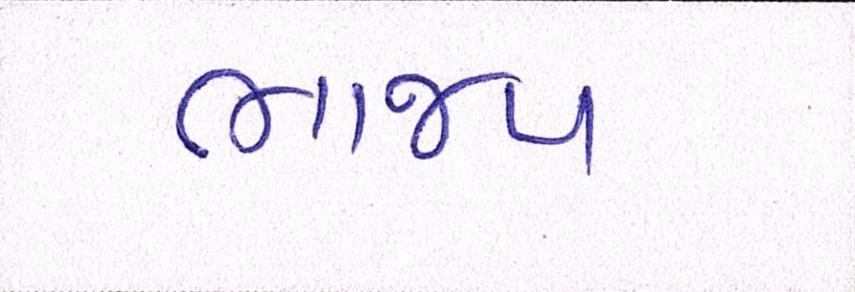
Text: ભાજપ